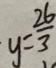
y = \frac { 2 6 } { 3 }